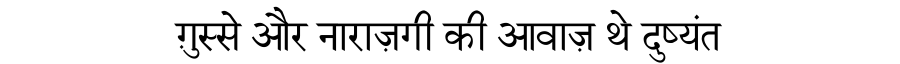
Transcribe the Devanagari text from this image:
ग़ुस्से और नाराज़गी की आवाज़ थे दुष्यंत